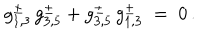
g _ { 1 , 3 } ^ { \pm } \, g _ { 3 , 5 } ^ { \pm } + g _ { 3 , 5 } ^ { \pm } \, g _ { 1 , 3 } ^ { \pm } \; = \; 0 \, .